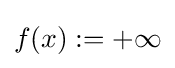
{\textstyle f(x):=+\infty }